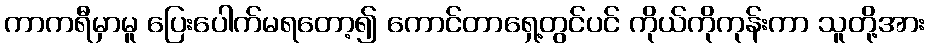
ကာကရီမှာမူ ပြေးပေါက်မရတော့၍ ကောင်တာရှေ့တွင်ပင် ကိုယ်ကိုကုန်းကာ သူတို့အား